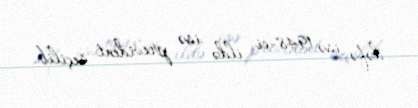
dəfə isə 1948-ci ildə isə prezident seçilib.